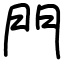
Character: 門